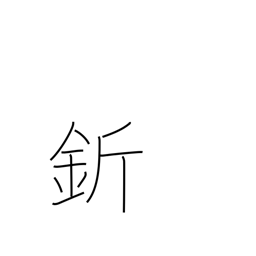
Meaning: adze